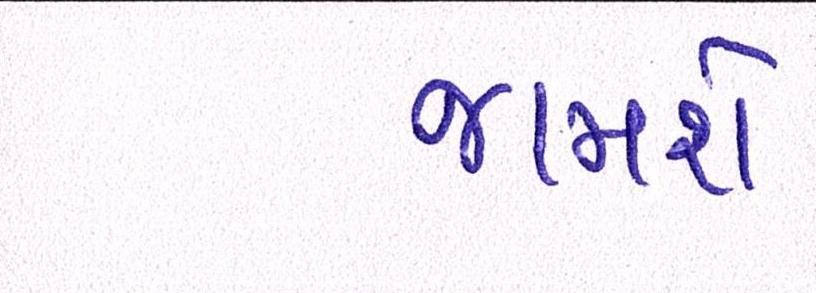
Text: જામશે